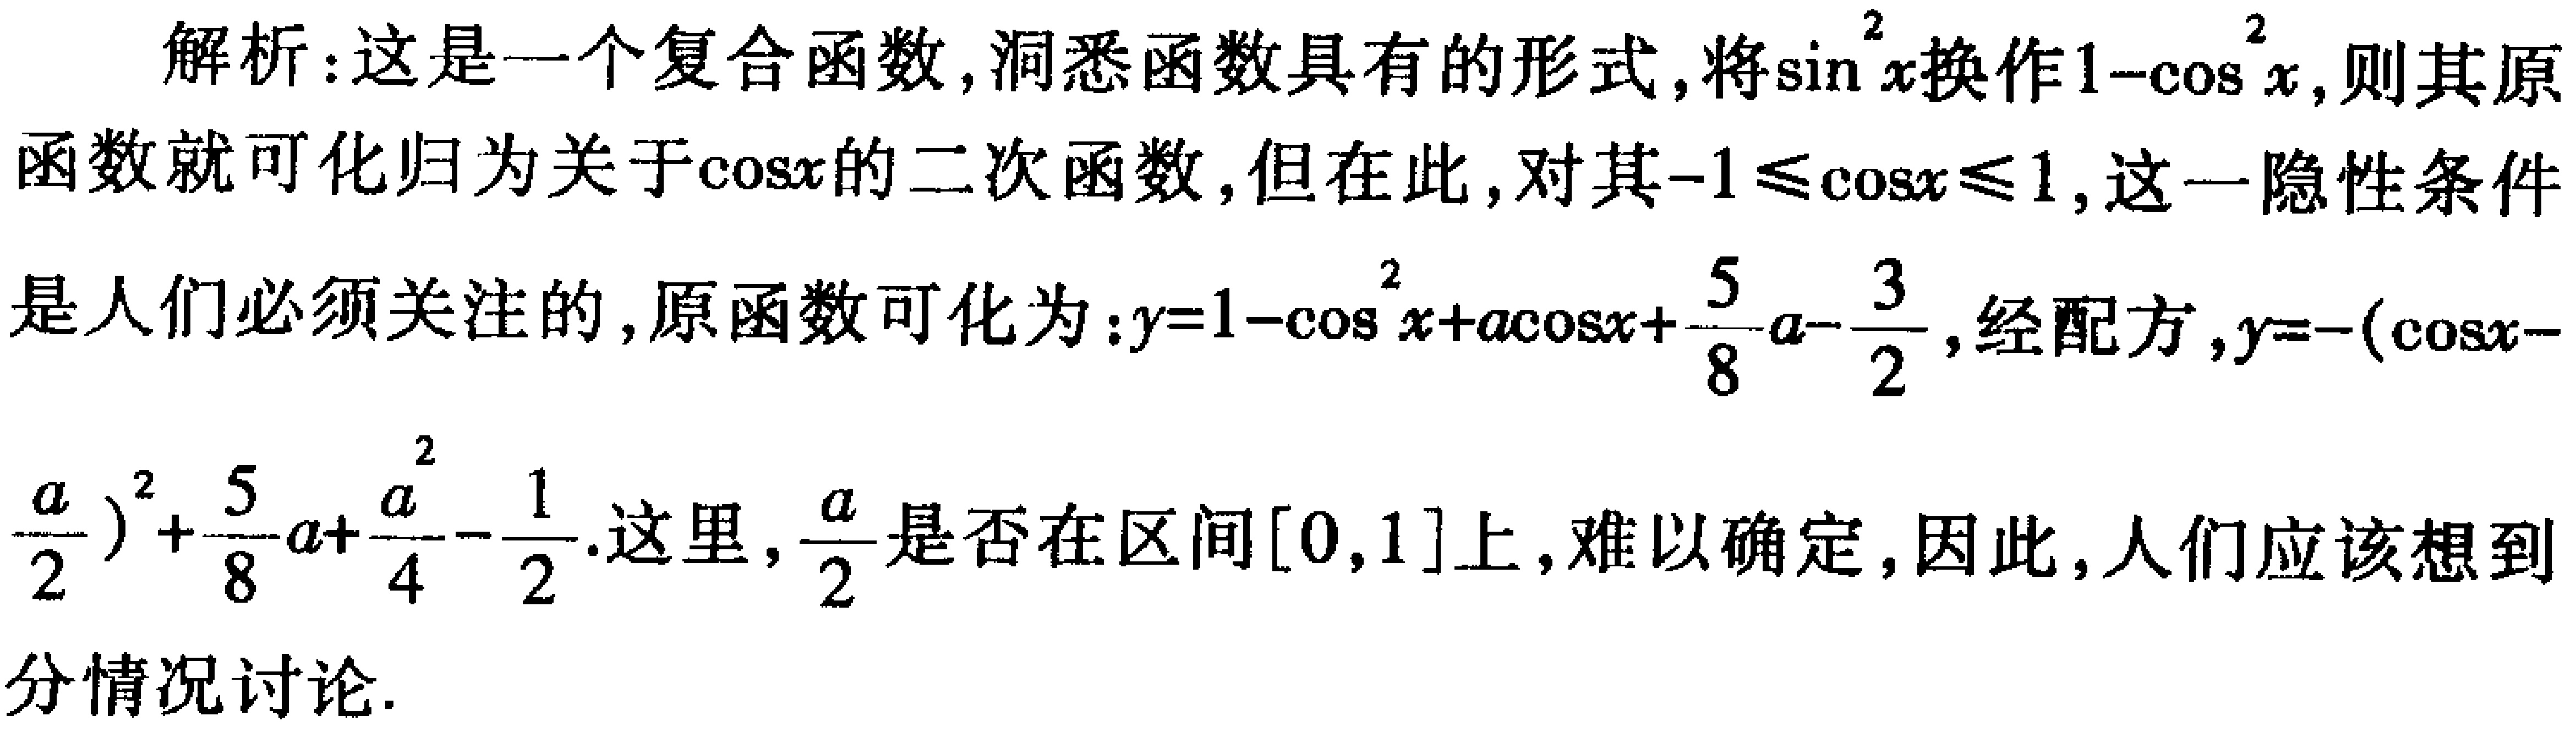
解析：这是一个复合函数，洞悉函数具有的形式，将\(\sin^{2}x\)换作\(1 - \cos^{2}x\)，则其原函数就可化归为关于\(\cos x\)的二次函数，但在此，对其\(-1\leqslant\cos x\leqslant1\)，这一隐性条件是人们必须关注的，原函数可化为：\(y = 1 - \cos^{2}x + a\cos x+\frac{5}{8}a - \frac{3}{2}\)，经配方，\(y = -(\cos x - \frac{a}{2})^{2}+\frac{5}{8}a+\frac{a^{2}}{4}-\frac{1}{2}\). 这里，\(\frac{a}{2}\)是否在区间\([0,1]\)上，难以确定，因此，人们应该想到分情况讨论.